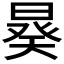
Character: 𣉉